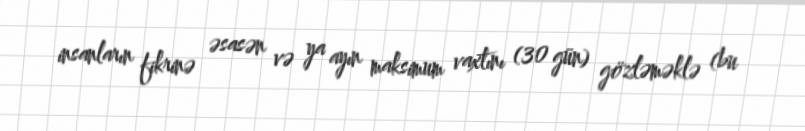
insanların fikrinə əsasən və ya ayın maksimum vaxtını (30 gün) gözləməklə (bu